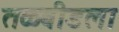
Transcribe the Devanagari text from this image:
तळबीडला